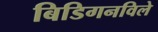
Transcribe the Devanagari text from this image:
बिडिगनविले